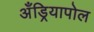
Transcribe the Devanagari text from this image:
अँड्रियापोल